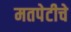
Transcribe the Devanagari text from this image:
मतपेटीचे